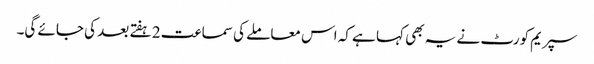
سپریم کورٹ نے یہ بھی کہا ہے کہ اس معاملے کی سماعت 2 ہفتے بعد کی جائے گی۔